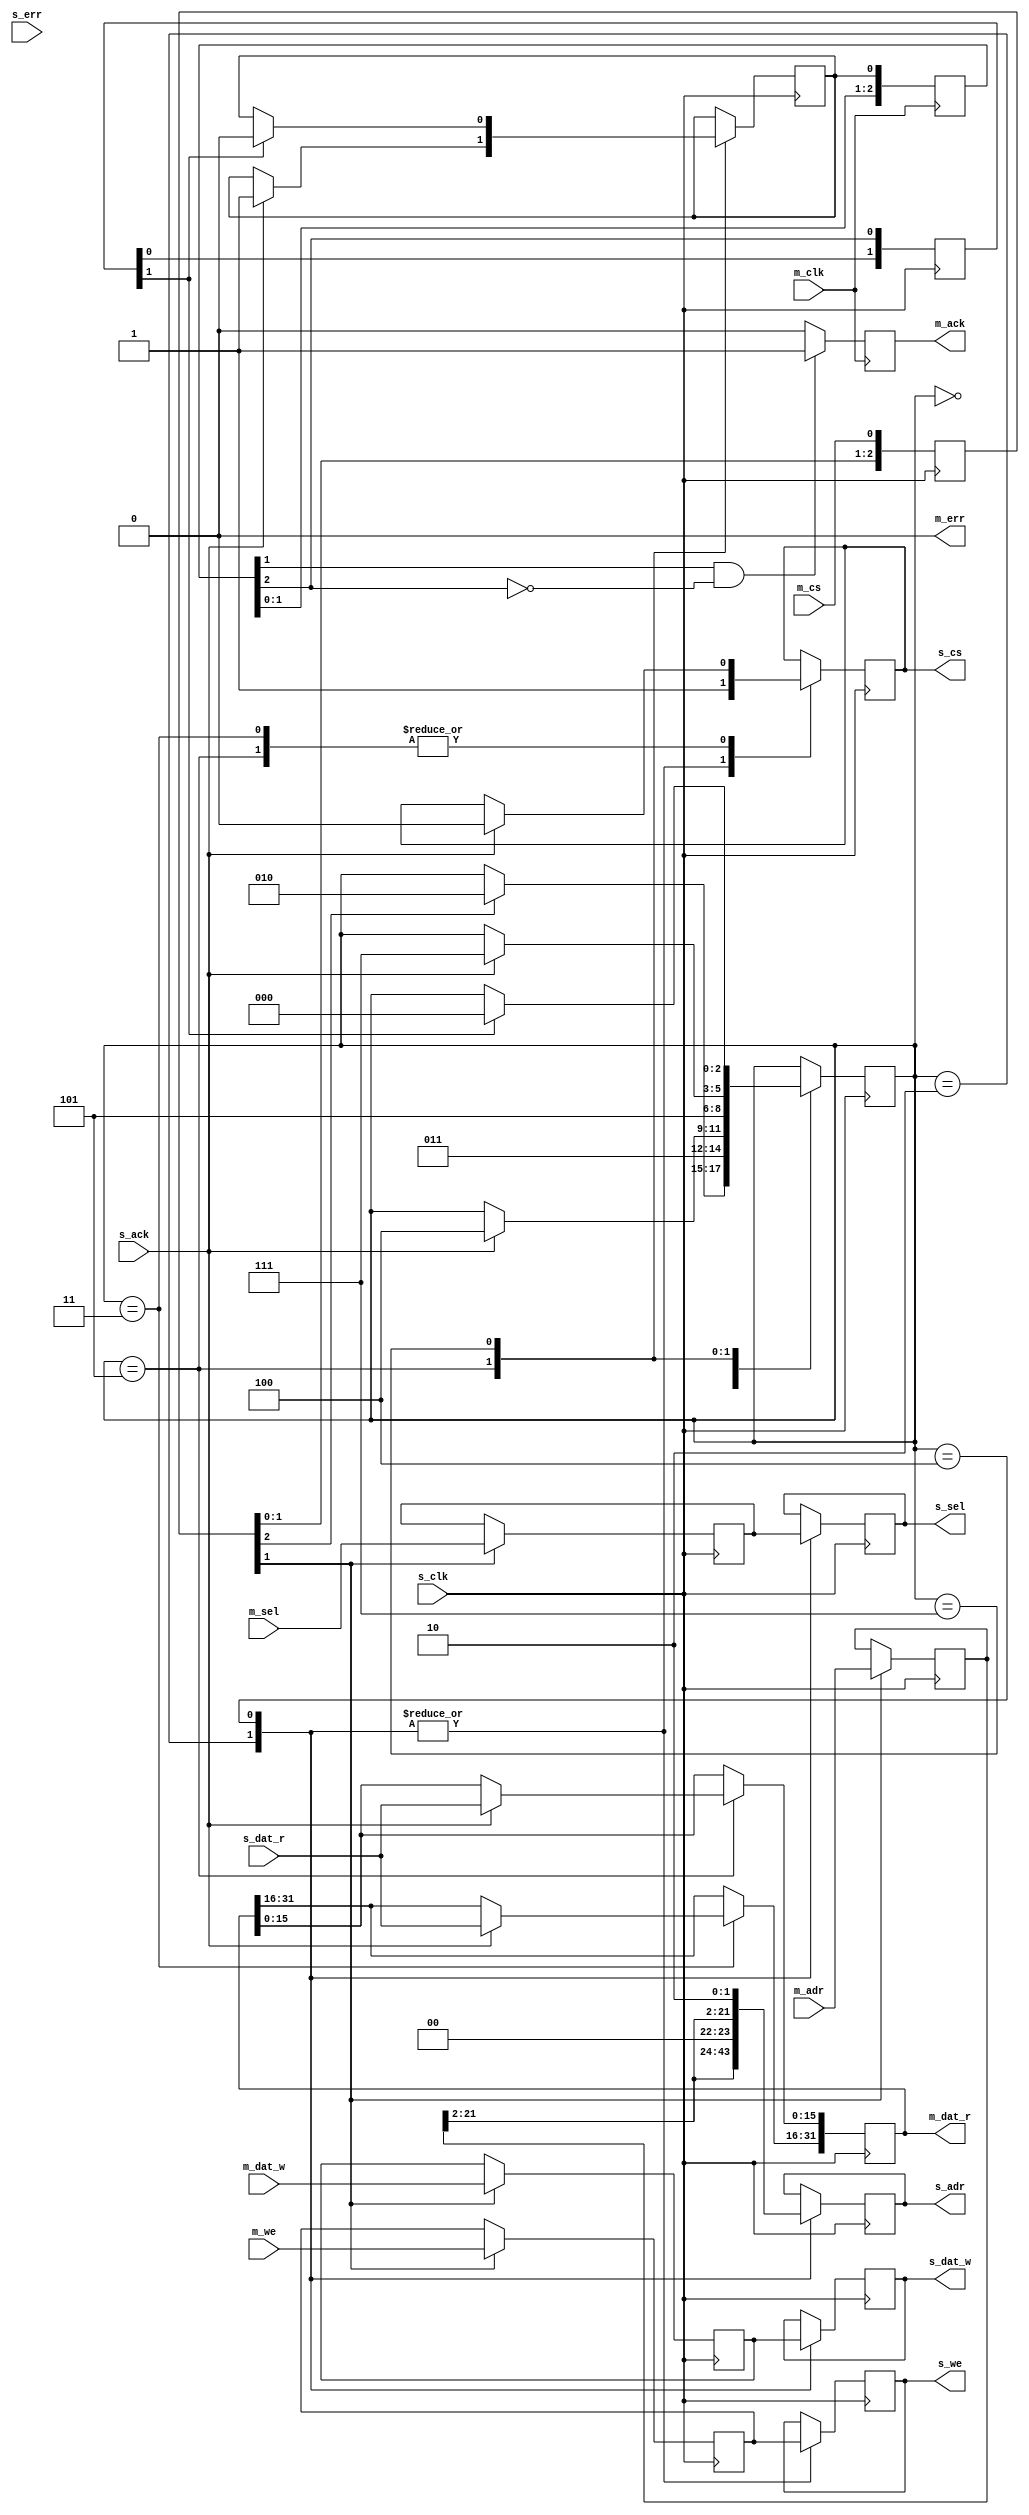
// This program was cloned from: https://github.com/rkrajnc/minimig-mist
// License: GNU General Public License v3.0

/********************************************/
/* qmem_bridge.v                            */
/* QMEM 32-to-16 bit async bridge           */
/*                                          */
/* 2013, rok.krajnc@gmail.com               */
/********************************************/


module qmem_bridge #(
  parameter MAW = 22,
  parameter MSW = 4,
  parameter MDW = 32,
  parameter SAW = 22,
  parameter SSW = 2,
  parameter SDW = 16
)(
  // master
  input  wire           m_clk,
  input  wire [MAW-1:0] m_adr,
  input  wire           m_cs,
  input  wire           m_we,
  input  wire [MSW-1:0] m_sel,
  input  wire [MDW-1:0] m_dat_w,
  output reg  [MDW-1:0] m_dat_r,
  output reg            m_ack = 1'b0,
  output wire           m_err,
  // slave
  input  wire           s_clk,
  output reg  [SAW-1:0] s_adr,
  output reg            s_cs,
  output reg            s_we,
  output reg  [SSW-1:0] s_sel,
  output reg  [SDW-1:0] s_dat_w,
  input  wire [SDW-1:0] s_dat_r,
  input  wire           s_ack,
  input  wire           s_err
);


// sync master cs
reg [  3-1:0] cs_sync = 3'b000;
always @ (posedge s_clk) cs_sync <= #1 {cs_sync[1:0], m_cs};

// detect master cs posedge
wire cs_posedge;
assign cs_posedge = cs_sync[1] && !cs_sync[2];

// latch master data
reg  [MAW-1:0] adr_d = {MAW{1'b0}};
reg            we_d = 1'b0;
reg  [MSW-1:0] sel_d = {MSW{1'b0}};
reg  [MDW-1:0] dat_w_d = {MDW{1'b0}};
always @ (posedge s_clk) begin
  if (cs_sync[1]) begin
    adr_d   <= #1 m_adr;
    we_d    <= #1 m_we;
    sel_d   <= #1 m_sel;
    dat_w_d <= #1 m_dat_w;
  end
end

// output state machine
reg  [  3-1:0] state = 3'b000;
localparam ST_IDLE     = 3'b000;
localparam ST_U_SETUP  = 3'b010;
localparam ST_U_WAIT   = 3'b011;
localparam ST_L_SETUP  = 3'b100;
localparam ST_L_WAIT   = 3'b101;
localparam ST_A_WAIT   = 3'b111;
reg  [  2-1:0] s_ack_sync = 2'b00;
reg done = 1'b0;
always @ (posedge s_clk) begin
  case (state)
    ST_IDLE : begin
      if (cs_sync[2]) begin
        state <= #1 ST_U_SETUP;
      end
    end
    ST_U_SETUP : begin
      s_cs    <= #1 1'b1;
      s_adr   <= #1 {adr_d[22-1:2], 1'b0, 1'b0};
      s_sel   <= #1 sel_d[3:2];
      s_we    <= #1 we_d;
      s_dat_w <= #1 dat_w_d[31:16];
      state   <= #1 ST_U_WAIT;
    end
    ST_U_WAIT : begin
      if (s_ack) begin
        s_cs           <= #1 1'b0;
        m_dat_r[31:16] <= #1 s_dat_r;
        state          <= #1 ST_L_SETUP;
      end
    end
    ST_L_SETUP : begin
      s_cs    <= #1 1'b1;
      s_adr   <= #1 {adr_d[22-1:2], 1'b1, 1'b0};
      s_sel   <= #1 sel_d[1:0];
      s_we    <= #1 we_d;
      s_dat_w <= #1 dat_w_d[15:0];
      state   <= #1 ST_L_WAIT;
    end
    ST_L_WAIT : begin
      if (s_ack) begin
        s_cs           <= #1 1'b0;
        m_dat_r[15: 0] <= #1 s_dat_r;
        done           <= #1 1'b1;
        state          <= #1 ST_A_WAIT;
      end
    end
    ST_A_WAIT : begin
      if (s_ack_sync[1]) begin
        done  <= #1 1'b0;
        state <= #1 ST_IDLE;
      end
    end
  endcase
end

// master ack
reg  [  3-1:0] m_ack_sync = 3'b000;
always @ (posedge m_clk) begin
  m_ack_sync <= #1 {m_ack_sync[1:0], done};
end
wire m_ack_posedge;
assign m_ack_posedge = m_ack_sync[1] && !m_ack_sync[2];
always @ (posedge m_clk) begin
  if (m_ack_posedge) m_ack <= #1 1'b1;
  else if (m_ack) m_ack <= #1 1'b0;
end
always @ (posedge s_clk) begin
  s_ack_sync <= #1 {s_ack_sync[0], m_ack_sync[2]};
end

// master err
assign m_err = 1'b0;


endmodule